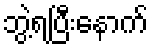
ဘွဲ့ရပြီးနောက်